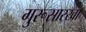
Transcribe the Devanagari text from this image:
गुरूसारखा